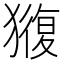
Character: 𭸬